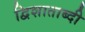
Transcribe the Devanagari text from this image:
द्विशाताब्दी